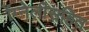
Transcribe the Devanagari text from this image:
ॲग्नेलीसहित